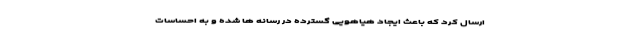
ارسال کرد که باعث ایجاد هیاهویی گسترده در رسانه ها شده و به احساسات